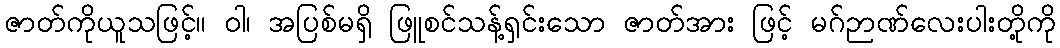
ဇာတ်ကိုယူသဖြင့်။ ဝါ၊ အပြစ်မရှိ ဖြူစင်သန့်ရှင်းသော ဇာတ်အား ဖြင့် မဂ်ဉာဏ်လေးပါးတို့ကို